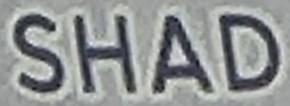
SHAD